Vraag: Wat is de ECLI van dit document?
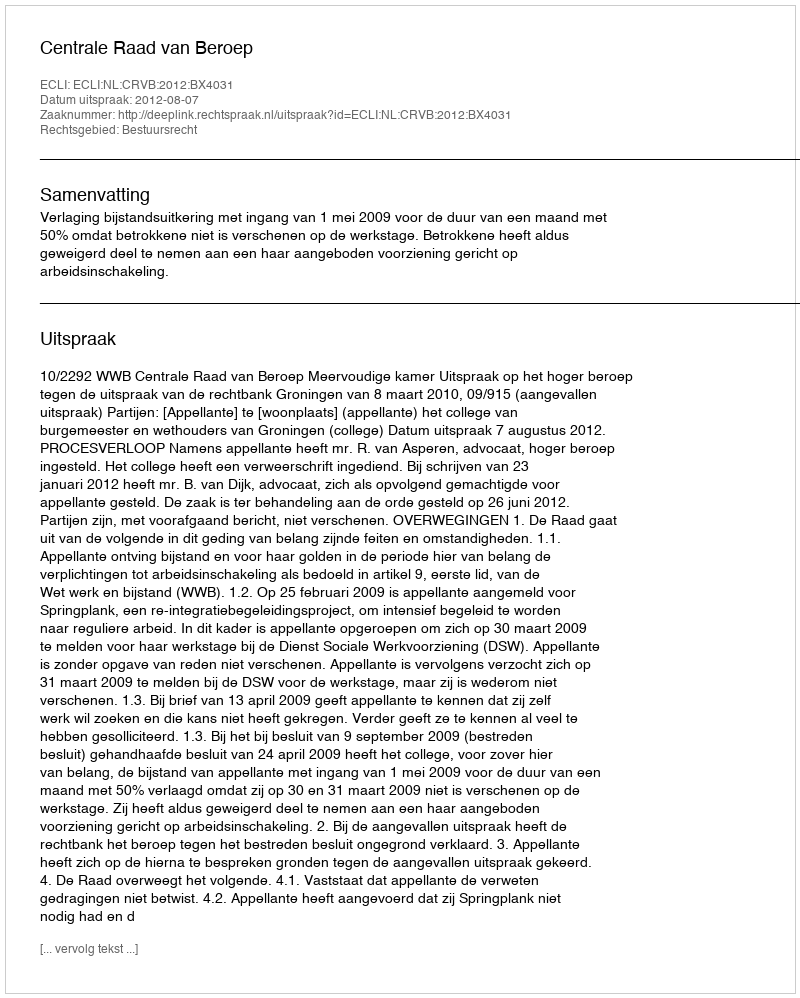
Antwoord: ECLI:NL:CRVB:2012:BX4031